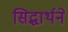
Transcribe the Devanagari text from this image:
सिद्धार्थने